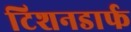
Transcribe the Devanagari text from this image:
टिशनडार्फ